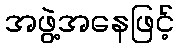
အဖွဲ့အနေဖြင့်